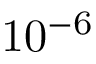
\mathrm { 1 0 ^ { - 6 } }